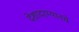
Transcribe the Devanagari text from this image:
देशादरम्यानचे